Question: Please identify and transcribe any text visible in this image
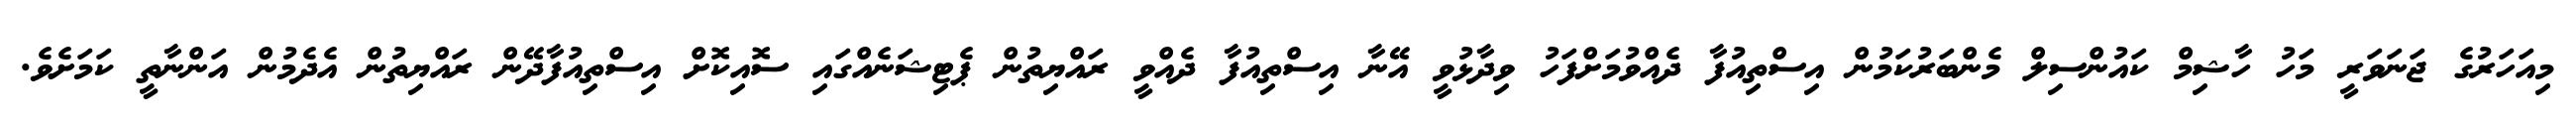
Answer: މިއަހަރުގެ ޖަނަވަރީ މަހު ހާޝިމް ކައުންސިލް މެންބަރުކަމުން އިސްތިއުފާ ދެއްވުމަށްފަހު ވިދާޅުވީ އޭނާ އިސްތިއުފާ ދެއްވީ ރައްޔިތުން ޕެޓިޝަނެއްގައި ސޮއިކޮށް އިސްތިއުފާދޭން ރައްޔިތުން އެދެމުން އަންނާތީ ކަމަށެވެ.